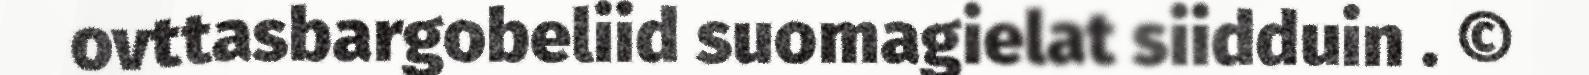
ovttasbargobeliid suomagielat siidduin . ©